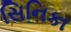
સિનિકા